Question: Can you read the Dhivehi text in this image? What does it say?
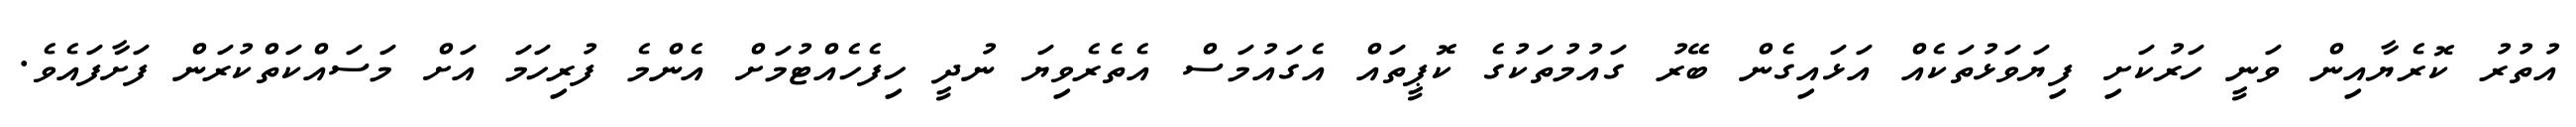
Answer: އުތުރު ކޮރެޔާއިން ވަނީ ހަރުކަށި ފިޔަވަޅުތަކެއް އަޅައިގެން ބޭރު ގައުމުތަކުގެ ކޮޕީތައް އެގައުމަސް އެތެރެވިޔަ ނުދީ ހިފެހެއްޓުމަށް އެންމެ ފުރިހަމަ އަށް މަސައްކަތްކުރަން ފަށާފައެވެ.